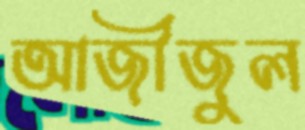
আজীজুল